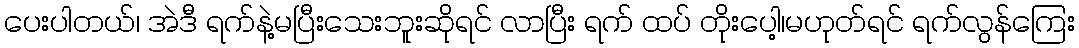
ပေးပါတယ်၊ အဲဒီ ရက်နဲ့မပြီးသေးဘူးဆိုရင် လာပြီး ရက် ထပ် တိုးပေါ့၊မဟုတ်ရင် ရက်လွန်ကြေး